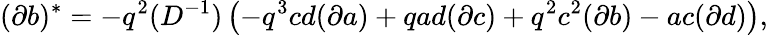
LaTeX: (\partial b)^{*}=-q^{2}(D^{-1})\left(-q^{3}cd(\partial a)+qad(\partial c)+q^{2}c^{2}(\partial b)-ac(\partial d)\right),